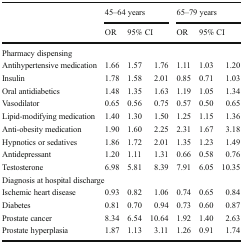
<table><thead><tr><td rowspan="2"></td><td colspan="3"><b>45–64 years</b></td><td colspan="3"><b>65–79 years</b></td></tr><tr><td><b>OR</b></td><td colspan="2"><b>95% CI</b></td><td><b>OR</b></td><td colspan="2"><b>95% CI</b></td></tr></thead><tbody><tr><td colspan="7">Pharmacy dispensing</td></tr><tr><td>Antihypertensive medication</td><td>1.66</td><td>1.57</td><td>1.76</td><td>1.11</td><td>1.03</td><td>1.20</td></tr><tr><td>Insulin</td><td>1.78</td><td>1.58</td><td>2.01</td><td>0.85</td><td>0.71</td><td>1.03</td></tr><tr><td>Oral antidiabetics</td><td>1.48</td><td>1.35</td><td>1.63</td><td>1.19</td><td>1.05</td><td>1.34</td></tr><tr><td>Vasodilator</td><td>0.65</td><td>0.56</td><td>0.75</td><td>0.57</td><td>0.50</td><td>0.65</td></tr><tr><td>Lipid-modifying medication</td><td>1.40</td><td>1.30</td><td>1.50</td><td>1.25</td><td>1.15</td><td>1.36</td></tr><tr><td>Anti-obesity medication</td><td>1.90</td><td>1.60</td><td>2.25</td><td>2.31</td><td>1.67</td><td>3.18</td></tr><tr><td>Hypnotics or sedatives</td><td>1.86</td><td>1.72</td><td>2.01</td><td>1.35</td><td>1.23</td><td>1.49</td></tr><tr><td>Antidepressant</td><td>1.20</td><td>1.11</td><td>1.31</td><td>0.66</td><td>0.58</td><td>0.76</td></tr><tr><td>Testosterone</td><td>6.98</td><td>5.81</td><td>8.39</td><td>7.91</td><td>6.05</td><td>10.35</td></tr><tr><td colspan="7">Diagnosis at hospital discharge</td></tr><tr><td>Ischemic heart disease</td><td>0.93</td><td>0.82</td><td>1.06</td><td>0.74</td><td>0.65</td><td>0.84</td></tr><tr><td>Diabetes</td><td>0.81</td><td>0.70</td><td>0.94</td><td>0.73</td><td>0.60</td><td>0.87</td></tr><tr><td>Prostate cancer</td><td>8.34</td><td>6.54</td><td>10.64</td><td>1.92</td><td>1.40</td><td>2.63</td></tr><tr><td>Prostate hyperplasia</td><td>1.87</td><td>1.13</td><td>3.11</td><td>1.26</td><td>0.91</td><td>1.74</td></tr></tbody></table>